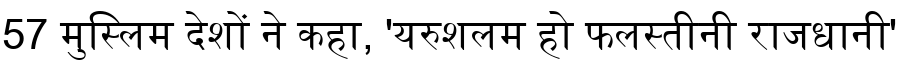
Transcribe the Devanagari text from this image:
57 मुस्लिम देशों ने कहा, 'यरुशलम हो फलस्तीनी राजधानी'